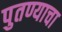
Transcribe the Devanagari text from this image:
पुतण्याचा